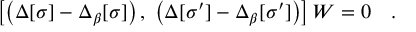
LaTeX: \left[ \left( \Delta [ \sigma ] - \Delta _ { \beta } [ \sigma ] \right) , \; \left( \Delta [ \sigma ^ { \prime } ] - \Delta _ { \beta } [ \sigma ^ { \prime } ] \right) \right] W = 0 \quad .